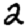
Digit: 2